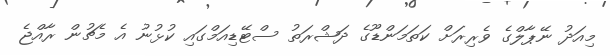
މިއަދު ނޭޕާލްގެ ވެރިރަށް ކަތަމަންޑޫގެ ދަޝްރަތު ސްޓޭޑިއަމްގައި ކުޅުނު އެ މެޗުން ރާއްޖެ